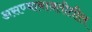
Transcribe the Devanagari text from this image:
असण्याबाबतीतील